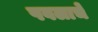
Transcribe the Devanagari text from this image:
पवलाचे